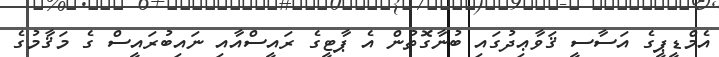
އެމްޑީޕީގެ އަސާސީ ޤަވާޢިދުގައި ބުނާގޮތުން އެ ޕާޓީގެ ރައީސްއާއި ނައިބުރައީސް ގެ މަޤާމުގެ